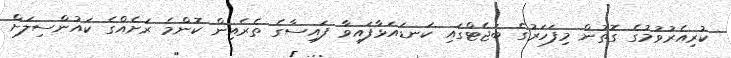
ކުރިއެރުވުމުގެ ގޮތުން މިފަހަރުގެ ބަޖެޓްގައި ކަނޑައަޅާފައިވާ ފައިސާގެ ތެރެއިން ކޮންމެ ރަށެއްގެ ކައުންސިލަށް